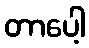
တာပေါ့